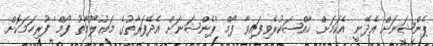
ޕެންޝަނަށް އެދޭނީ އެކަމަށް ޚާއްޞަކުރެވިފައިވާ ފޯމް 'ޕެންޝަނަށް އެދޭފަރާތުގެ މަޢުލޫމާތު ފޯމް' ފުރިހަމަކޮށް